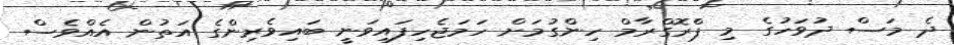
ދެ މަސް ދުވަހުގެ މި ޕްރޮގްރާމް ހިންގުމަށް ހަމަޖެހިފައިވަނީ ބައިވެރިންގެ އަތުން އެއްވެސް